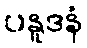
ပနူဒနံ